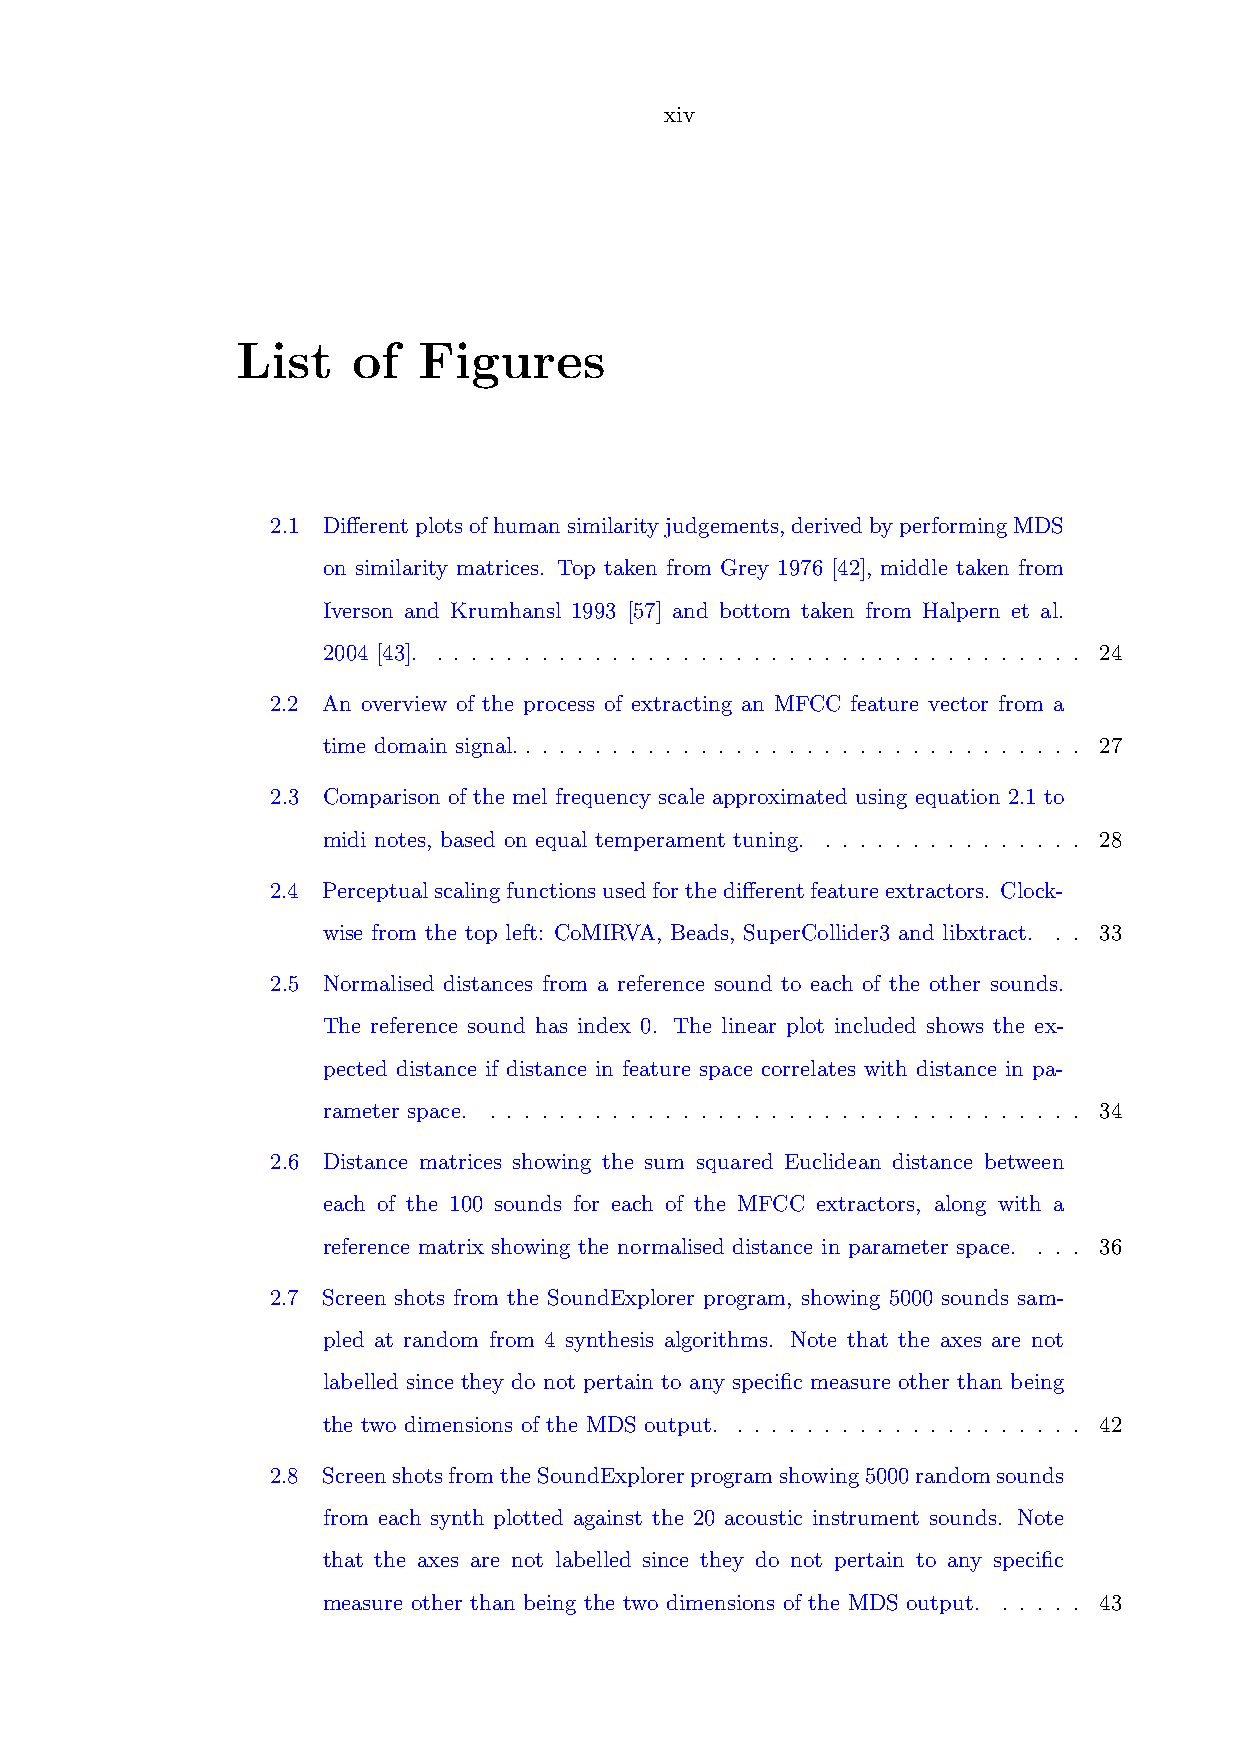
xiv
 List   of   Figures
 2.1 Differentplotsofhumansimilarityjudgements,derivedbyperformingMDS
 on similarity matrices. Top taken from Grey 1976 [42], middle taken from
 Iverson and Krumhansl 1993 [57] and bottom taken from Halpern et al.
 2004 [43]. . . . . . . . . . . . . . . . . . . . . . . . . . . . . . . . . . . . . . 24
 2.2 An overview of the process of extracting an MFCC feature vector from a
 time domain signal. . . . . . . . . . . . . . . . . . . . . . . . . . . . . . . . . 27
 2.3 Comparison of the mel frequency scale approximated using equation 2.1 to
 midi notes, based on equal temperament tuning. . . . . . . . . . . . . . . . 28
 2.4 Perceptualscalingfunctionsusedforthedifferentfeatureextractors. Clock-
 wise from the top left: CoMIRVA, Beads, SuperCollider3 and libxtract. . . 33
 2.5 Normalised distances from a reference sound to each of the other sounds.
 The reference sound has index 0. The linear plot included shows the ex-
 pected distance if distance in feature space correlates with distance in pa-
 rameter space. . . . . . . . . . . . . . . . . . . . . . . . . . . . . . . . . . . 34
 2.6 Distance matrices showing the sum squared Euclidean distance between
 each of the 100 sounds for each of the MFCC extractors, along with a
 reference matrix showing the normalised distance in parameter space. . . . 36
 2.7 Screen shots from the SoundExplorer program, showing 5000 sounds sam-
 pled at random from 4 synthesis algorithms. Note that the axes are not
 labelled since they do not pertain to any specific measure other than being
 the two dimensions of the MDS output. . . . . . . . . . . . . . . . . . . . . 42
 2.8 ScreenshotsfromtheSoundExplorerprogramshowing5000randomsounds
 from each synth plotted against the 20 acoustic instrument sounds. Note
 that the axes are not labelled since they do not pertain to any specific
 measure other than being the two dimensions of the MDS output. . . . . . 43